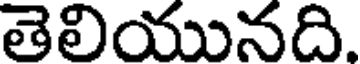
తెలియునది.